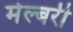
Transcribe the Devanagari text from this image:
मेल्बरी